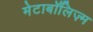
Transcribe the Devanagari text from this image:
मेटाबॉलिज़्म